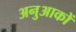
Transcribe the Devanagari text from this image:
अनुआकों